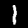
Digit: 1